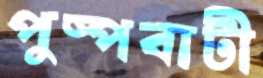
পুষ্পবাটী